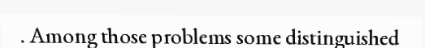
. Among those problems some distinguished